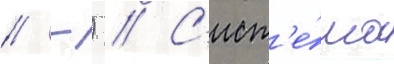
// -) // С'ист'е́ма